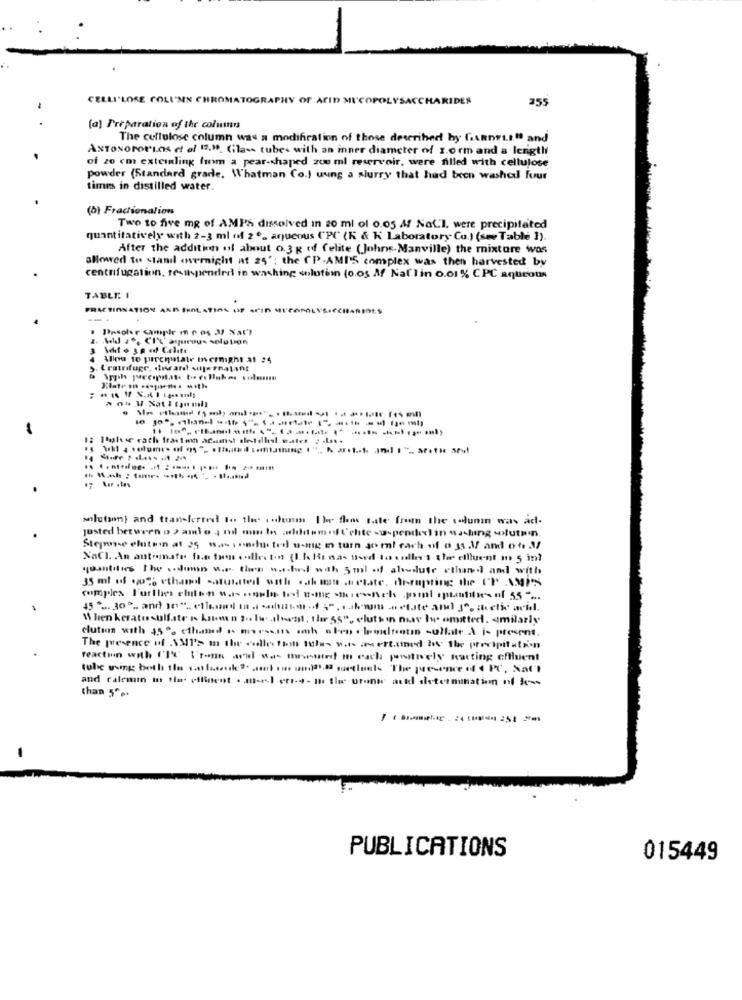
CELLI'LOSE COLUMN CH
ATOGRAPHY OF AFID MICOPOL
SACCHARIDES
255
(a) Preparation of the columns
The cellulose column was a modification of those described by GARDELL" and
AxToxororios et el 17.30. (;lass tube- with an inner diameter of 1.0 rm and a length
of zo cm externling fum a pear-shaped zou ml reservoir, were filled with cellulose
powder (Standard grade. Whatman Co.) uung a slurry that had been washed fuur
times in distilled water.
(b) Fractionalion
Two to five mg of AMPS dissolved in 20 ml of 0.05 Af NaCl, were precipitated
quantitatively with 2-3 ml of 2 º. aqueous (PC (K & K Laboratory Co.) (see Table ).
After the addition of about 0.3 g off Celite (Johns-Manville) the mixture wos
allowed to <tamil overnight at 25'; the CP-AMP'S complex was then harvested by
centrifugation, resuspended in washing solution (o.os Af Nat) in 0.01 % CPC aqueous
TABLE I
Drsoler sample m r os 3 Nat'l
2. Add a, CIL' aqurous solution
3 Ichto ya of Celite
Allou to purcitate mermight at :5
L'ratrifuge, siware wiljernalant
12 1tale se rath frastmn acast sledlesl water : . Los.
solution) and transferred to the colunm Ilee flos taste from the column was ad-
Justed between o ) and o , mil mm to adddem of l'chte -u-pendler) in washing sluta'n.
Stejnse eltsin at 25 na- inndi toll u-mig i turn so ml cach of o 35 3 and o t 3
NaCl. An automated fre taen .. alles tons (I.he He was theed ta sulle's the effluent m' 5 in?
quantities the .. sinon w.r. then w.s.hus with 5ml odf aloudlute ethanol and with
35 ml of wwii ethand -suited with .ah man .etate, de-rupting the CP AMI'S
When kerato sulfate I know o 2. lw. , thewest, thor 55", cluthin ney ly omitted. amilarly
elution with 45 ethand a. marsen ann alen chondrotin sullate A is present.
The presence of \MP's m the calle this 10les w.t. im ert.tined by the precipitation
reaction with the Iron and was missed m each positively nacting effluent
and calemm in fla effinent . m-el ers-4- in the bronte ackl determination of less
than 5' ..
PUBLICATIONS
015449